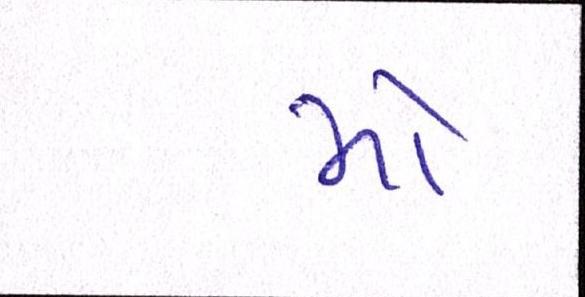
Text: મો